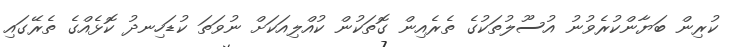
ކުރިން ބަޔާންކުރެވުނު އުސޫލުތަކުގެ ތެރެއިން ގޮތަކުން ކުއްލިއަކަށް ނުވަތަ ކުޑަހިނދު ކޮޅެއްގެ ތެރޭގައި